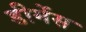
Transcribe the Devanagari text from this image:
डीमेंस